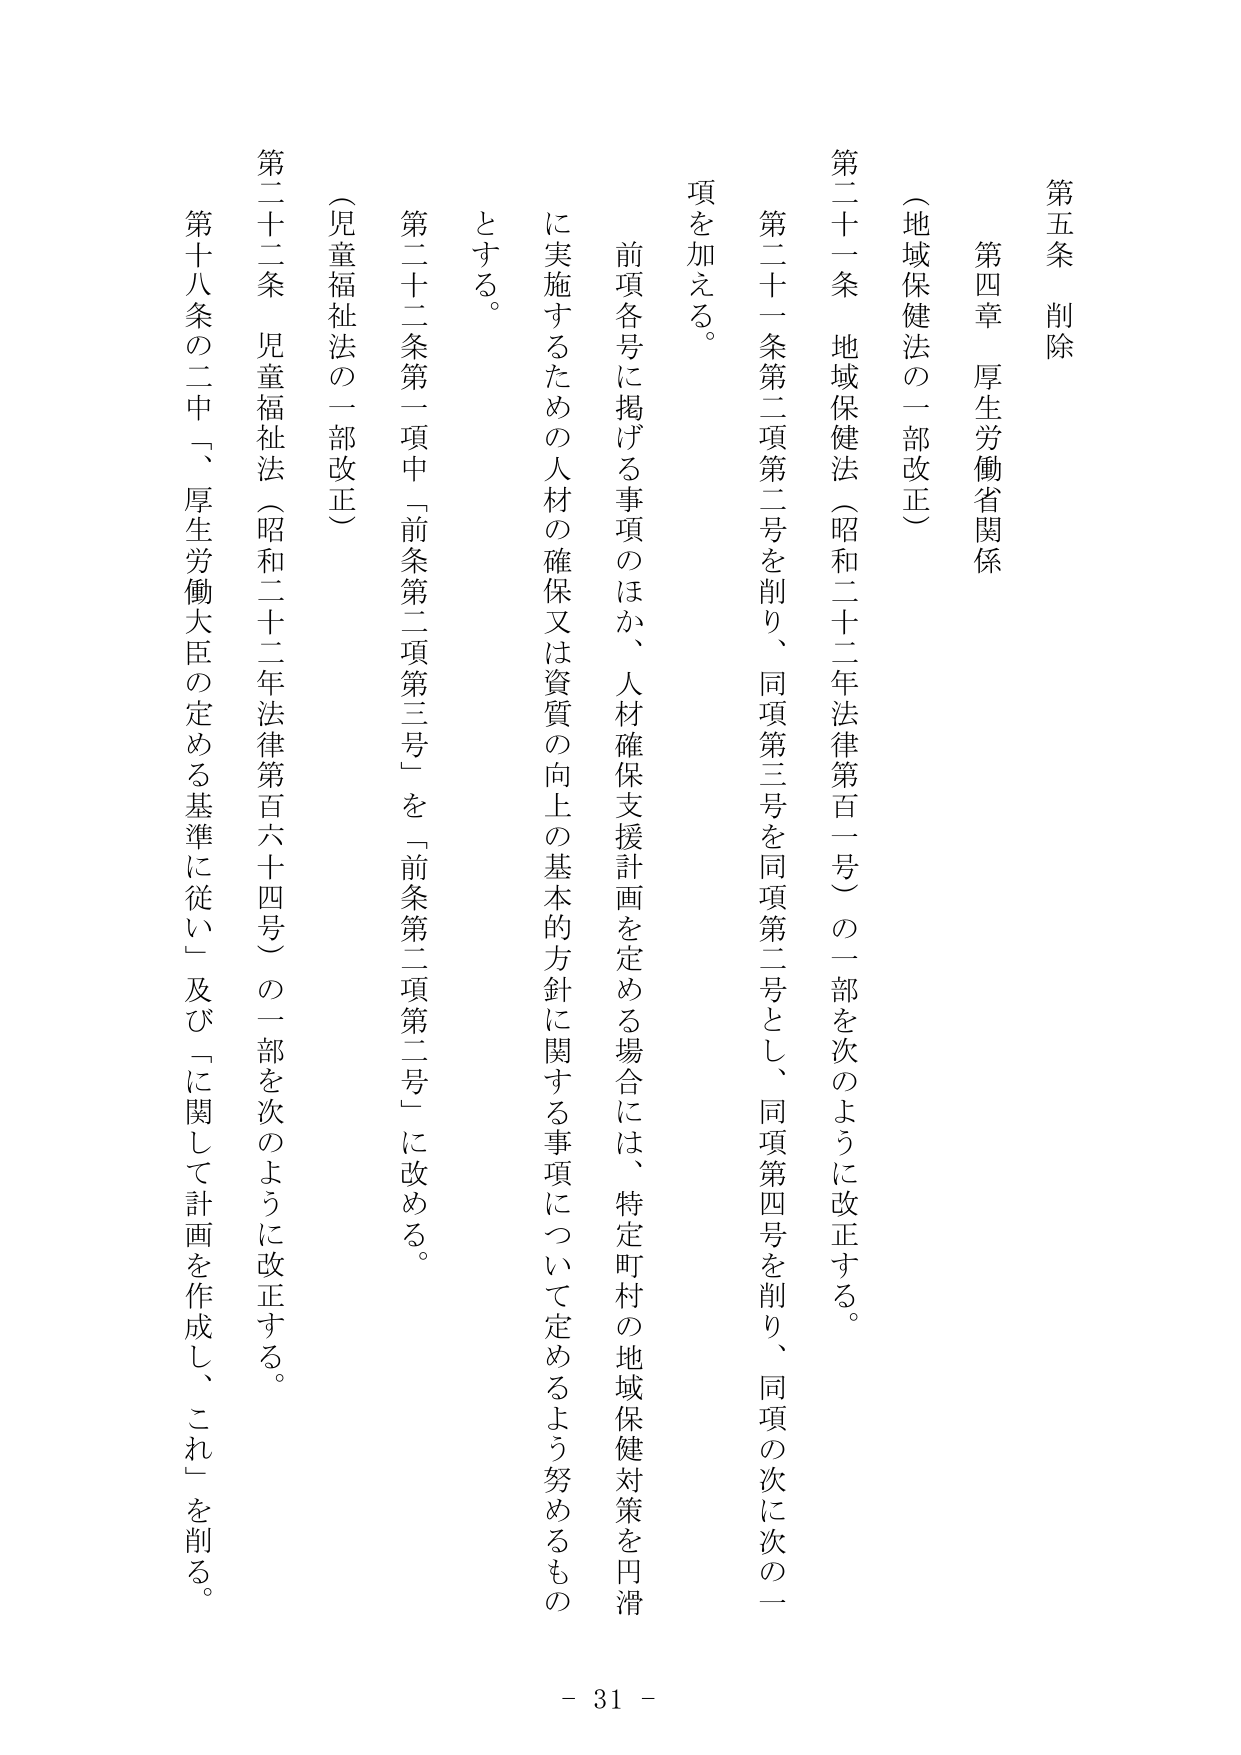
第五条 削除

第四章 厚生労働省関係

（地域保健法の一部改正）

第二十一条 地域保健法（昭和二十二年法律第百一号）の一部を次のように改正する。

第二十一条第二項第二号を削り、同項第三号を同項第二号とし、同項第四号を削り、同項の次に次の一項を加える。

前項各号に掲げる事項のほか、人材確保支援計画を定める場合には、特定町村の地域保健対策を円滑に実施するための人材の確保又は資質の向上の基本的方針に関する事項について定めるよう努めるものとする。

（児童福祉法の一部改正）

第二十二条 児童福祉法（昭和二十二年法律第百六十四号）の一部を次のように改正する。

第二十二条第一項中「前条第二項第三号」を「前条第二項第二号」に改める。

第十八条の二中「、厚生労働大臣の定める基準に従い」及び「に関して計画を作成し、これ」を削る。

- 31 -